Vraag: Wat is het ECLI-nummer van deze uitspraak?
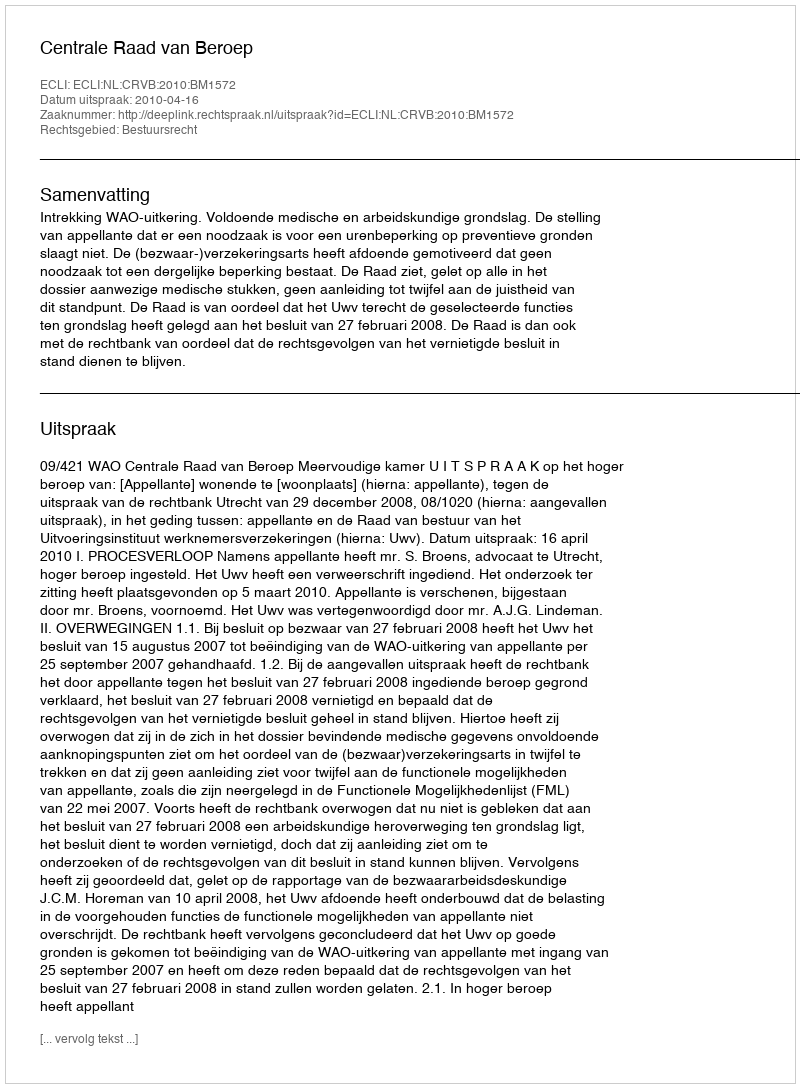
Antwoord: ECLI:NL:CRVB:2010:BM1572